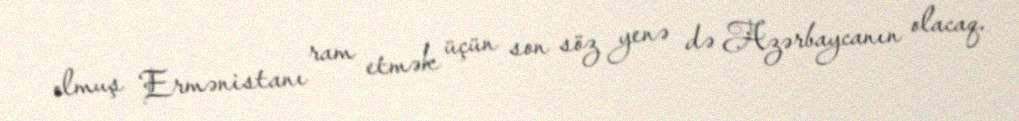
olmuş Ermənistanı ram etmək üçün son söz yenə də Azərbaycanın olacaq.